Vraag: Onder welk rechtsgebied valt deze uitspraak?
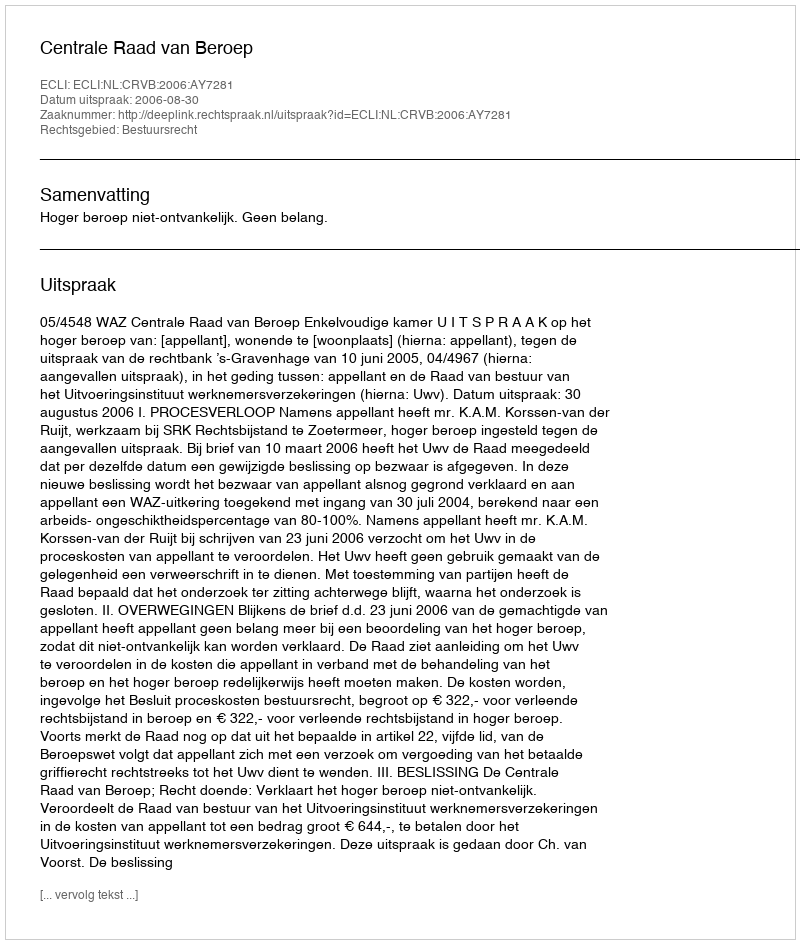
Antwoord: Bestuursrecht